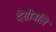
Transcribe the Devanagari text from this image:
देसीबलि